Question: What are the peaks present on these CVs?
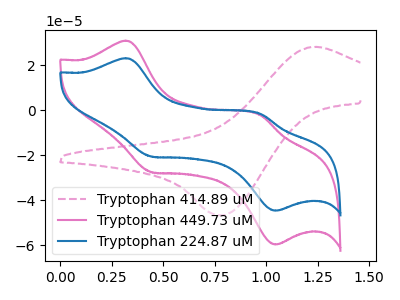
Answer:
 <answer>The pink dashed curve "Tryptophan 414.89 uM" has an anodic peak at (1.20V, 28.20uA) and a cathodic peak at (0.80V, -46.80uA). The pink curve "Tryptophan 449.73 uM" has anodic peaks at (0.30V, 30.95uA) (0.95V, -2.15uA) and cathodic peaks at (0.45V, -27.50uA) (1.05V, -59.80uA). The blue curve "Tryptophan 224.87 uM" has anodic peaks at (0.30V, 23.15uA) (0.95V, -1.60uA) and cathodic peaks at (0.45V, -20.55uA) (1.05V, -44.70uA).</answer>
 <eval></eval>